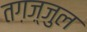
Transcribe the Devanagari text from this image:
तग़ज़्जुल